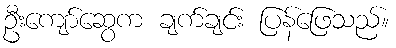
ဦးကျော်ဆွေက ချက်ချင်း ပြန်ဖြေသည်။